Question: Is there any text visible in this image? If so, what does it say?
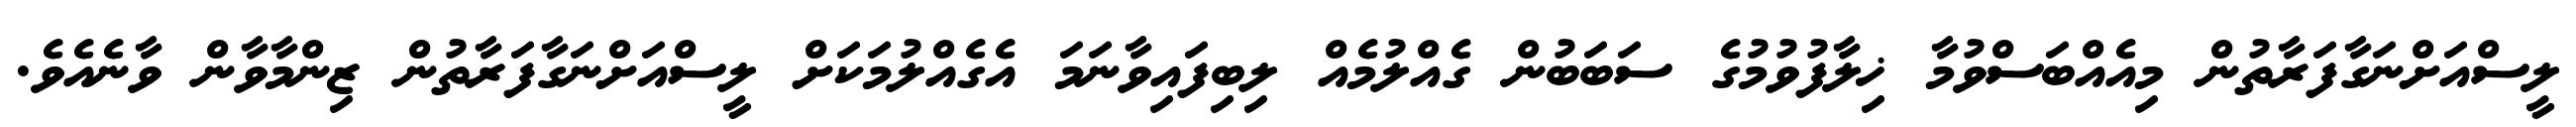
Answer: ލީސްއަށްނަގާފަރާތުން މިއެއްބަސްވުމާ ޚިލާފުވުމުގެ ސަބަބުން ގެއްލުމެއް ލިބިފައިވާނަމަ އެގެއްލުމަކަށް ލީސްއަށްނަގާފަރާތުން ޒިންމާވާން ވާނެއެވެ.